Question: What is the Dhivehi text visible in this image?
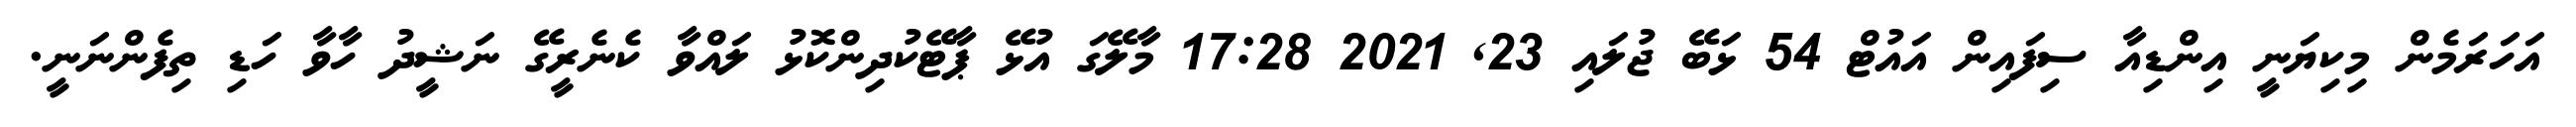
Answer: އަހަރަމެން މިކިޔަނީ އިންޑިއާ ސިފައިން އައުޓް 54 ޅަބޭ ޖުލައި 23, 2021 17:28 މާލޭގަ އުޅޭ ޕާޓޭކުދިންކޮޅު ލައްވާ ކެނެރީގޭ ނަޝީދު ހާވާ ހަޑި ތިފެންނަނީ.